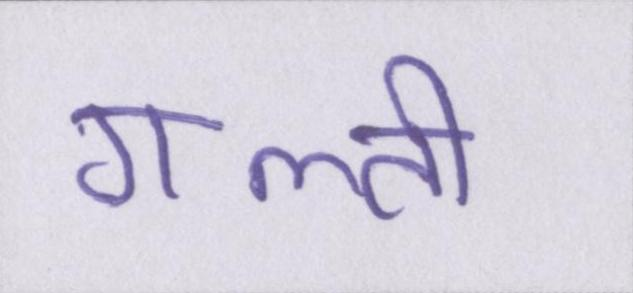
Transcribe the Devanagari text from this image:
गल्ती